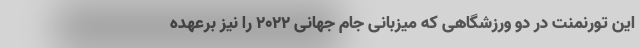
این تورنمنت در دو ورزشگاهی که میزبانی جام جهانی ۲۰۲۲ را نیز برعهده